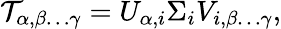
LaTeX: \mathcal{T}_{\alpha,\beta\dots\gamma}=U_{\alpha,i}\Sigma_{i}V_{i,\beta\dots\gamma},